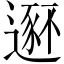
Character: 𫐾